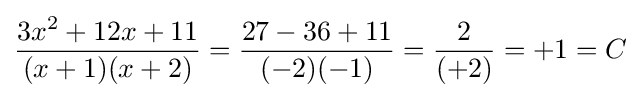
{\frac {3x^{2}+12x+11}{(x+1)(x+2)}}={\frac {27-36+11}{(-2)(-1)}}={\frac {2}{(+2)}}=+1=C